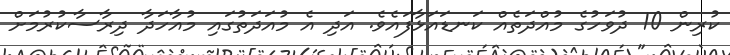
ކުރިން 10 ދުވަހުގެ މުއްދަތެއް ކަނޑައަޅާފައެވެ. އަދި އެ މުއަދަތުގައި މުއާހަދާ ދިރާސާކުރުމަށް